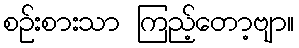
စဉ်းစားသာ ကြည့်တော့ဗျာ။